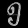
Digit: ၅